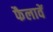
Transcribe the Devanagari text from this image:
फैलावें